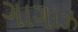
ગાગાઝ